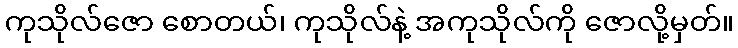
ကုသိုလ်ဇော စောတယ်၊ ကုသိုလ်နဲ့ အကုသိုလ်ကို ဇောလို့မှတ်။